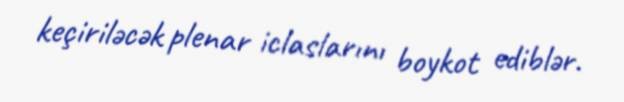
keçiriləcək plenar iclaslarını boykot ediblər.